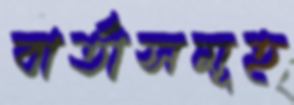
বার্তাসমূহ